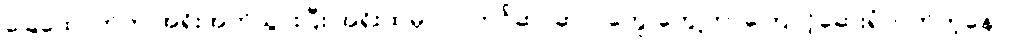
ခြေထောက်က အရိုးအက်သွားပြီး အရိုးထဲမှာလဲ ကင်ဆာဆဲလ်တွေ တွေ့တာကြောင့်ဆေးရုံတတ်တဲ့နေပဲ